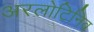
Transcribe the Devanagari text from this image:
अरलोटिनिब